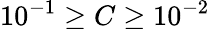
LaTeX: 10^{-1}\ge C\ge 10^{-2}